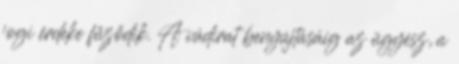
jogi érdeke fűződik. A vádirat benyújtásáig az ügyész, a